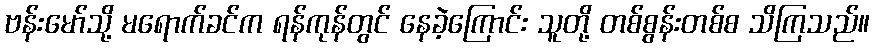
ဗန်းမော်သို့ မရောက်ခင်က ရန်ကုန်တွင် နေခဲ့ကြောင်း သူတို့ တစ်စွန်းတစ်စ သိကြသည်။